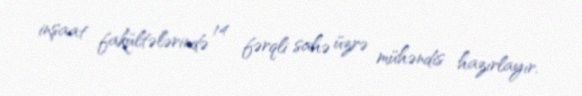
inşaat fakültələrində 14 fərqli sahə üzrə mühəndis hazırlayır.